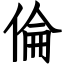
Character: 倫